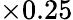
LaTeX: \times 0.25